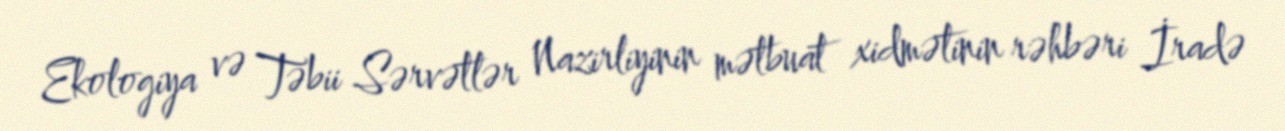
Ekologiya və Təbii Sərvətlər Nazirliyinin mətbuat xidmətinin rəhbəri İradə